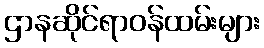
ဌာနဆိုင်ရာဝန်ထမ်းများ